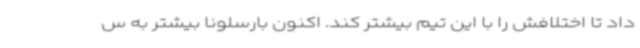
داد تا اختلافش را با این تیم بیشتر کند. اکنون بارسلونا بیشتر به س